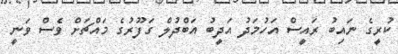
ކުރީގެ ނައިބު ރައީސް އަހުމަދު އަދީބު އަބްދުލް ގަފޫރުގެ މައްޗަށް ވެސް ވަނީ